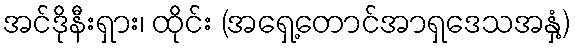
အင်ဒိုနီးရှား၊ ထိုင်း (အရှေ့တောင်အာရှဒေသအနှံ့)